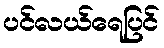
ပင်လယ်ရေပြင်